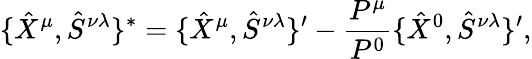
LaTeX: \{ \hat{X}^{\mu},\hat{S}^{\nu\lambda}\} ^{*}=\{ \hat{X}^{\mu},\hat{S}^{\nu\lambda}\} ^{\prime}-\frac{P^{\mu}}{P^{0}}\{ \hat{X}^{0},\hat{S}^{\nu\lambda}\} ^{\prime},